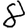
Digit: 8